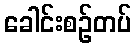
ခေါင်းစဉ်တပ်